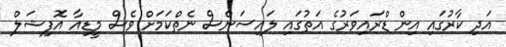
އަދި ކާރުގައި އިން ޑްރައިވަރުގެ އަތުގައި ލައިސަންސް ނެތްކަމަށް ވެސް މީޑިއާ އޮފިޝަލް